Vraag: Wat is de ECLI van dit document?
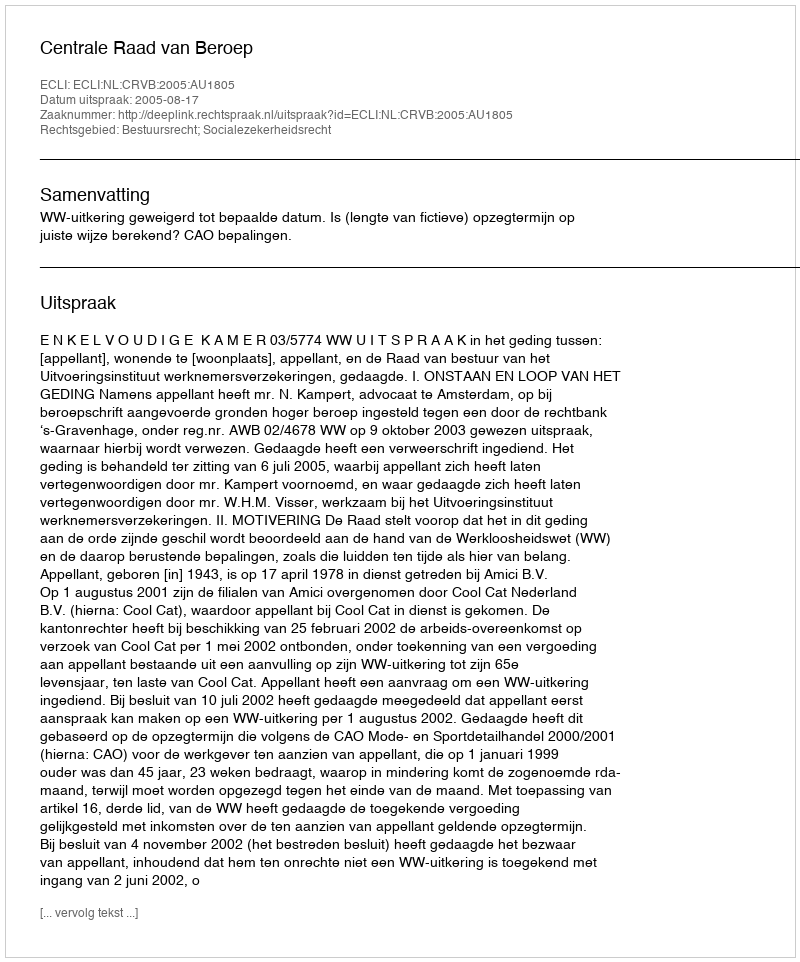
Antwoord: ECLI:NL:CRVB:2005:AU1805